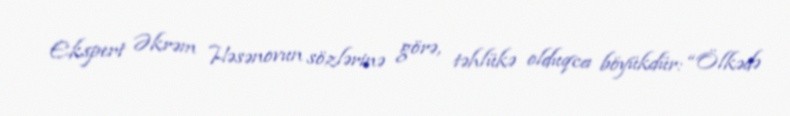
Ekspert Əkrəm Həsənovun sözlərinə görə, təhlükə olduqca böyükdür: “Ölkədə